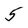
Character: 5